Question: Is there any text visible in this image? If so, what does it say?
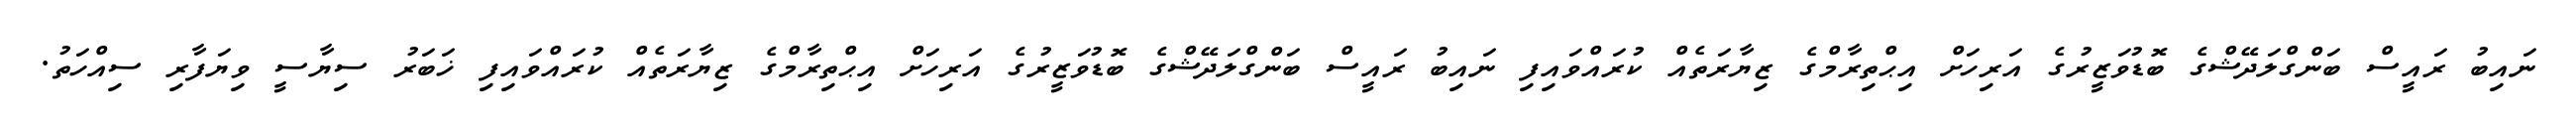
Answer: ނައިބު ރައީސް ބަންގްލަދޭޝްގެ ބޮޑުވަޒީރުގެ އަރިހަށް އިޙްތިރާމްގެ ޒިޔާރަތެއް ކުރައްވައިފި ނައިބު ރައީސް ބަންގްލަދޭޝްގެ ބޮޑުވަޒީރުގެ އަރިހަށް އިޙްތިރާމްގެ ޒިޔާރަތެއް ކުރައްވައިފި ޚަބަރު ސިޔާސީ ވިޔަފާރި ސިއްހަތު.